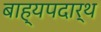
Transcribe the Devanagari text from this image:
बाह्यपदार्थ